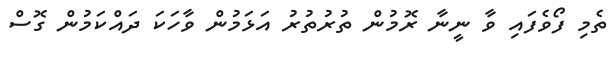
ތެމި ފޯވެފައި ވާ ނީނާ ރޮމުން ތުރުތުރު އަޅަމުން ވާހަކަ ދައްކަމުން ގޮސް